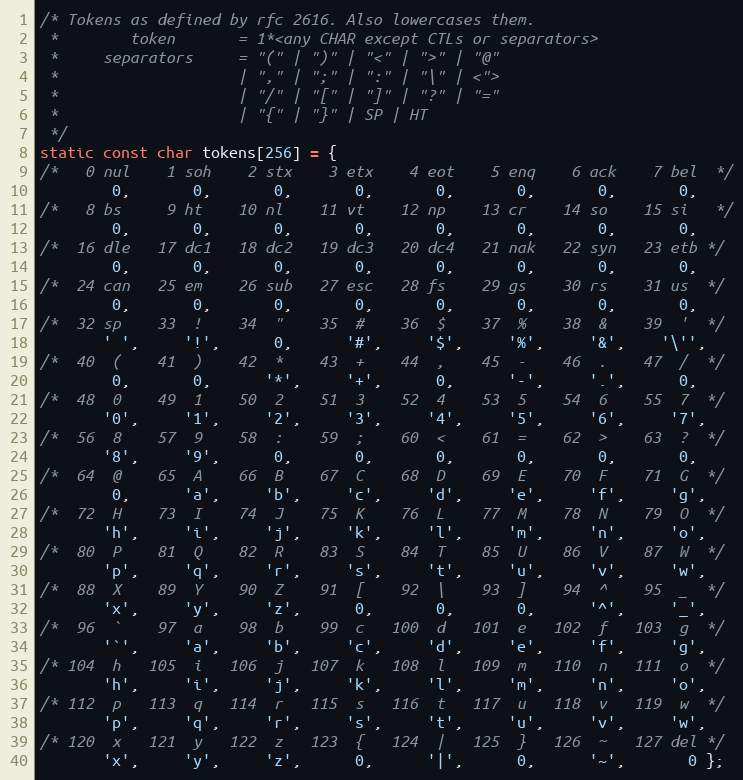
Language: C++
/* Tokens as defined by rfc 2616. Also lowercases them.
 *        token       = 1*<any CHAR except CTLs or separators>
 *     separators     = "(" | ")" | "<" | ">" | "@"
 *                    | "," | ";" | ":" | "\" | <">
 *                    | "/" | "[" | "]" | "?" | "="
 *                    | "{" | "}" | SP | HT
 */
static const char tokens[256] = {
/*   0 nul    1 soh    2 stx    3 etx    4 eot    5 enq    6 ack    7 bel  */
        0,       0,       0,       0,       0,       0,       0,       0,
/*   8 bs     9 ht    10 nl    11 vt    12 np    13 cr    14 so    15 si   */
        0,       0,       0,       0,       0,       0,       0,       0,
/*  16 dle   17 dc1   18 dc2   19 dc3   20 dc4   21 nak   22 syn   23 etb */
        0,       0,       0,       0,       0,       0,       0,       0,
/*  24 can   25 em    26 sub   27 esc   28 fs    29 gs    30 rs    31 us  */
        0,       0,       0,       0,       0,       0,       0,       0,
/*  32 sp    33  !    34  "    35  #    36  $    37  %    38  &    39  '  */
       ' ',     '!',      0,      '#',     '$',     '%',     '&',    '\'',
/*  40  (    41  )    42  *    43  +    44  ,    45  -    46  .    47  /  */
        0,       0,      '*',     '+',      0,      '-',     '.',      0,
/*  48  0    49  1    50  2    51  3    52  4    53  5    54  6    55  7  */
       '0',     '1',     '2',     '3',     '4',     '5',     '6',     '7',
/*  56  8    57  9    58  :    59  ;    60  <    61  =    62  >    63  ?  */
       '8',     '9',      0,       0,       0,       0,       0,       0,
/*  64  @    65  A    66  B    67  C    68  D    69  E    70  F    71  G  */
        0,      'a',     'b',     'c',     'd',     'e',     'f',     'g',
/*  72  H    73  I    74  J    75  K    76  L    77  M    78  N    79  O  */
       'h',     'i',     'j',     'k',     'l',     'm',     'n',     'o',
/*  80  P    81  Q    82  R    83  S    84  T    85  U    86  V    87  W  */
       'p',     'q',     'r',     's',     't',     'u',     'v',     'w',
/*  88  X    89  Y    90  Z    91  [    92  \    93  ]    94  ^    95  _  */
       'x',     'y',     'z',      0,       0,       0,      '^',     '_',
/*  96  `    97  a    98  b    99  c   100  d   101  e   102  f   103  g  */
       '`',     'a',     'b',     'c',     'd',     'e',     'f',     'g',
/* 104  h   105  i   106  j   107  k   108  l   109  m   110  n   111  o  */
       'h',     'i',     'j',     'k',     'l',     'm',     'n',     'o',
/* 112  p   113  q   114  r   115  s   116  t   117  u   118  v   119  w  */
       'p',     'q',     'r',     's',     't',     'u',     'v',     'w',
/* 120  x   121  y   122  z   123  {   124  |   125  }   126  ~   127 del */
       'x',     'y',     'z',      0,      '|',      0,      '~',       0 };